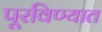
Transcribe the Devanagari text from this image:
पूरविण्यात